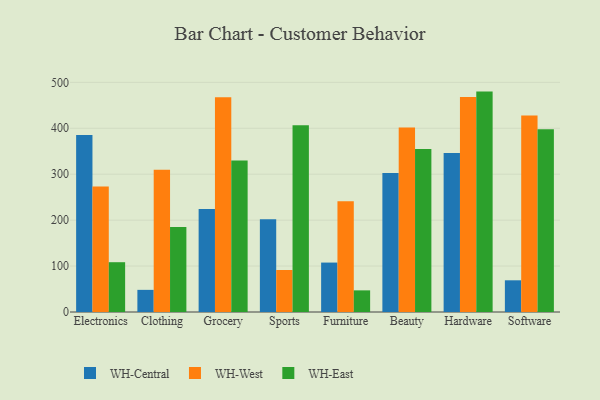
{"axis": {"x": "Category", "y": "Satisfaction Score"}, "legend": ["WH-Central", "WH-East", "WH-West"], "data": [{"x": "Electronics", "y": 385.1, "type": "WH-Central"}, {"x": "Electronics", "y": 273.1, "type": "WH-West"}, {"x": "Electronics", "y": 108.4, "type": "WH-East"}, {"x": "Clothing", "y": 48.2, "type": "WH-Central"}, {"x": "Clothing", "y": 309.6, "type": "WH-West"}, {"x": "Clothing", "y": 185.3, "type": "WH-East"}, {"x": "Grocery", "y": 224.1, "type": "WH-Central"}, {"x": "Grocery", "y": 467.4, "type": "WH-West"}, {"x": "Grocery", "y": 329.9, "type": "WH-East"}, {"x": "Sports", "y": 201.8, "type": "WH-Central"}, {"x": "Sports", "y": 91.4, "type": "WH-West"}, {"x": "Sports", "y": 406.8, "type": "WH-East"}, {"x": "Furniture", "y": 107.6, "type": "WH-Central"}, {"x": "Furniture", "y": 241.1, "type": "WH-West"}, {"x": "Furniture", "y": 47.1, "type": "WH-East"}, {"x": "Beauty", "y": 302.7, "type": "WH-Central"}, {"x": "Beauty", "y": 401.6, "type": "WH-West"}, {"x": "Beauty", "y": 354.6, "type": "WH-East"}, {"x": "Hardware", "y": 346.0, "type": "WH-Central"}, {"x": "Hardware", "y": 468.2, "type": "WH-West"}, {"x": "Hardware", "y": 479.8, "type": "WH-East"}, {"x": "Software", "y": 69.0, "type": "WH-Central"}, {"x": "Software", "y": 427.9, "type": "WH-West"}, {"x": "Software", "y": 397.6, "type": "WH-East"}]}